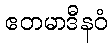
ဧတမာဒီနဝံ